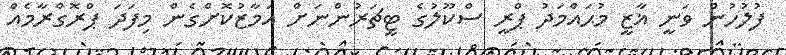
ފުލުހުން ވަނީ ޣާޒީ މުޙައްމަދު ޕްރީ ސްކޫލުގެ ޓީޗަރުންނަށް އަމާޒުކޮށްގެން މިފަދަ ޕްރޮގްރާމެއް